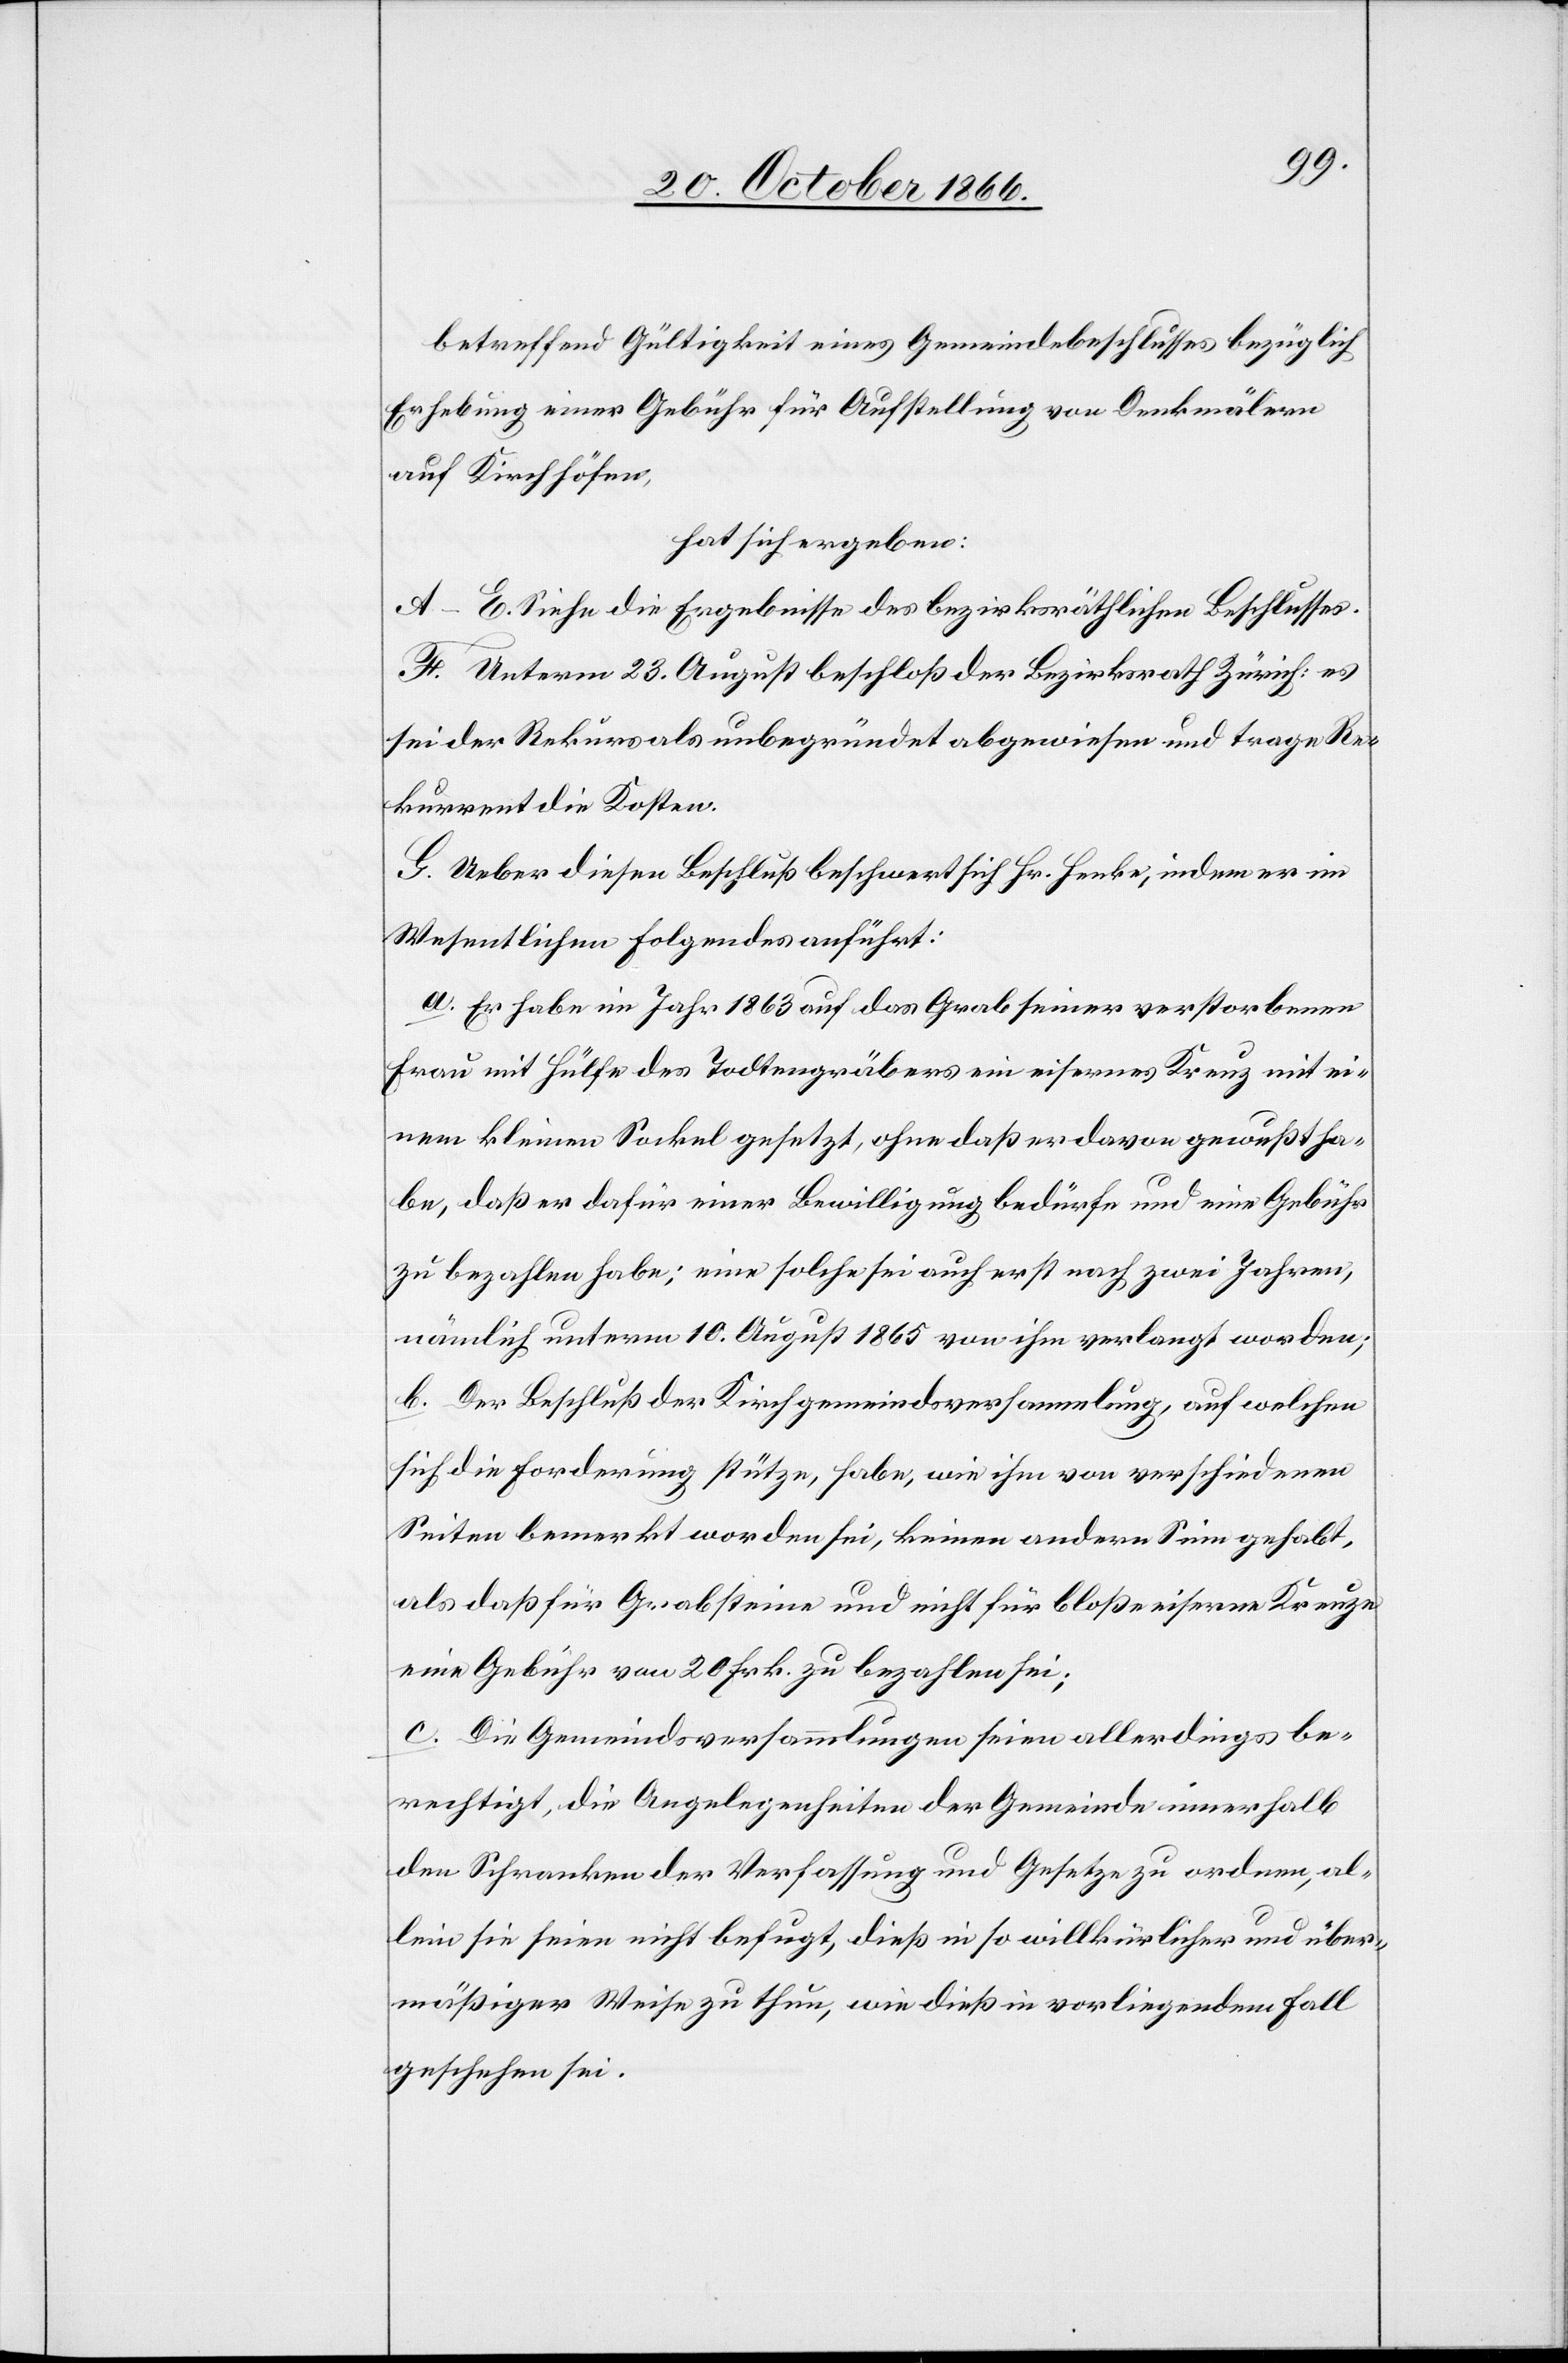
betreffend Gültigkeit eines Gemeindebeschlusses bezüglich
Erhebung einer Gebühr für Aufstellung von Denkmälern
auf Kirchhöfen,
hat sich ergeben:
A–E. Siehe die Ergebnisse des bezirksräthlichen Beschlusses.
F. Unterm 23. August beschloß der Bezirksrath Zürich: es
sei der Rekurs als unbegründet abgewiesen und trage Re¬
kurrent die Kosten.
G. Ueber diesen Beschluß beschwert sich Hr. Henke, indem er im
Wesentlichen Folgendes anführt:
a. Er habe im Jahr 1863 auf das Grab seiner verstorbenen
Frau mit Hülfe des Todtengräbers ein eisernes Kreuz mit ei¬
nem kleinen Sockel gesetzt, ohne daß er davon gewußt ha¬
be, daß er dafür einer Bewilligung bedürfe und eine Gebühr
zu bezahlen habe; eine solche sei auch erst nach zwei Jahren,
nämlich unterm 10. August 1865 von ihm verlangt worden;
b. Der Beschluß der Kirchgemeindsversammlung, auf welchen
sich die Forderung stütze, habe, wie ihm von verschiedenen
Seiten bemerkt worden sei, keinen andern Sinn gehabt,
als daß für Grabsteine und nicht für bloße eiserne Kreuze
eine Gebühr von 20 Frk. zu bezahlen sei;
c. Die Gemeindsversammlungen seien allerdings be¬
rechtigt, die Angelegenheiten der Gemeinde innerhalb
den Schranken der Verfassung und Gesetze zu ordnen, al¬
lein sie seien nicht befugt, dieß in so willkürlicher und über¬
mäßiger Weise zu thun, wie dieß im vorliegenden Fall
geschehen sei.